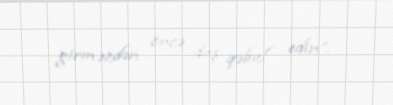
girməzdən öncə duş qəbul edin”.